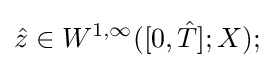
{\hat {z}}\in W^{1,\infty }([0,{\hat {T}}];X);